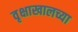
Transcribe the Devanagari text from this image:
वृक्षाखालच्या